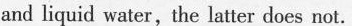
and liquid water,the latter does not.